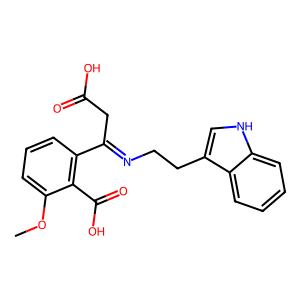
SMILES: COc1cccc(C(CC(=O)O)=NCCc2c[nH]c3ccccc23)c1C(=O)O
Inhibits HIV replication: No